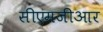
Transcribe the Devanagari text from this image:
सीएमजीआर